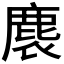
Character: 𪊘